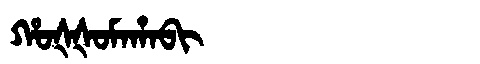
Manchu: ᡥᠣᡧᡧᠣᠮᠠᡥᠠᠪᡳ
Romanization: HOŠŠOMAHABI